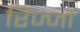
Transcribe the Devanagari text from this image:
रिज्‍जो